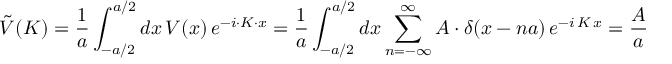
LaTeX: { \tilde { V } } ( K ) = { \frac { 1 } { a } } \int _ { - a / 2 } ^ { a / 2 } d x \, V ( x ) \, e ^ { - i \cdot K \cdot x } = { \frac { 1 } { a } } \int _ { - a / 2 } ^ { a / 2 } d x \sum _ { n = - \infty } ^ { \infty } A \cdot \delta ( x - n a ) \, e ^ { - i \, K \, x } = { \frac { A } { a } }